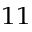
^ { 1 1 }